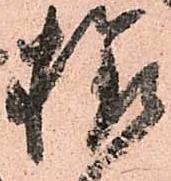
様